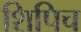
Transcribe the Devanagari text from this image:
शिपिच